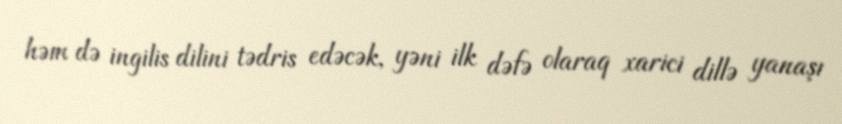
həm də ingilis dilini tədris edəcək, yəni ilk dəfə olaraq xarici dillə yanaşı